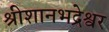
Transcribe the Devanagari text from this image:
श्रीशानभद्रेश्वर